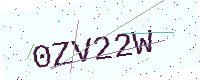
Text: 0ZV22W